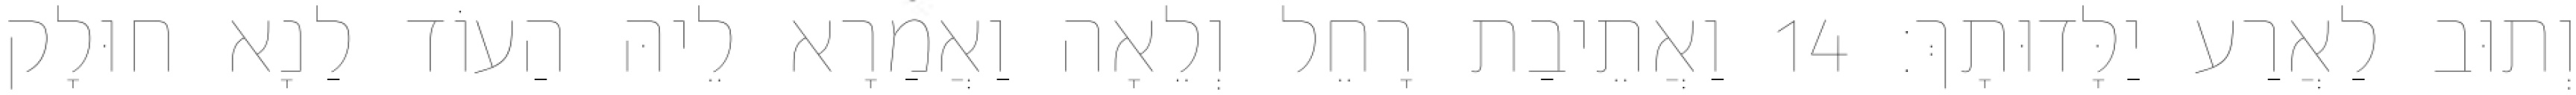
וְתוּב לַאֲרַע יַלָּדוּתָךְ׃ 14 וַאֲתֵיבַת רָחֵל וְלֵאָה וַאֲמַרָא לֵיהּ הַעוֹד לַנָא חוּלָק